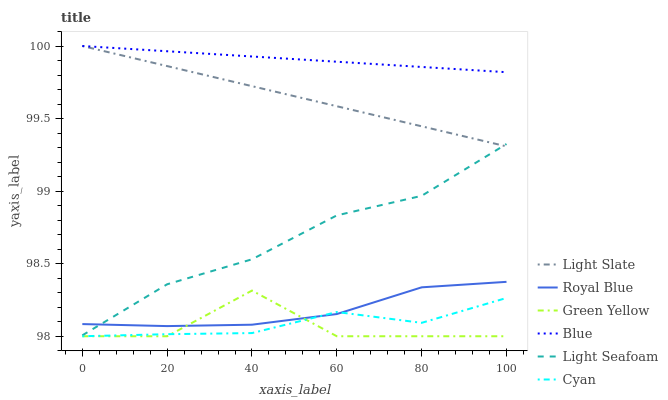
| xaxis_label | Light Slate | Royal Blue | Green Yellow | Blue | Light Seafoam | Cyan |
 | --- | --- | --- | --- | --- | --- | --- |
 | 0 | 100 | 98.1 | 98 | 100 | 98 | 98 |
 | 20 | 99.9 | 98.1 | 98 | 100 | 98.4 | 98 |
 | 40 | 99.7 | 98.1 | 98.3 | 99.9 | 98.5 | 98 |
 | 60 | 99.6 | 98.2 | 98 | 99.9 | 98.8 | 98.2 |
 | 80 | 99.4 | 98.3 | 98 | 99.9 | 99 | 98.1 |
 | 100 | 99.3 | 98.4 | 98 | 99.8 | 99.3 | 98.3 |